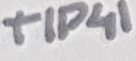
Text: TIP41